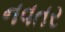
નવતર